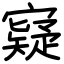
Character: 寲